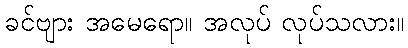
ခင်ဗျား အမေရော။ အလုပ် လုပ်သလား။